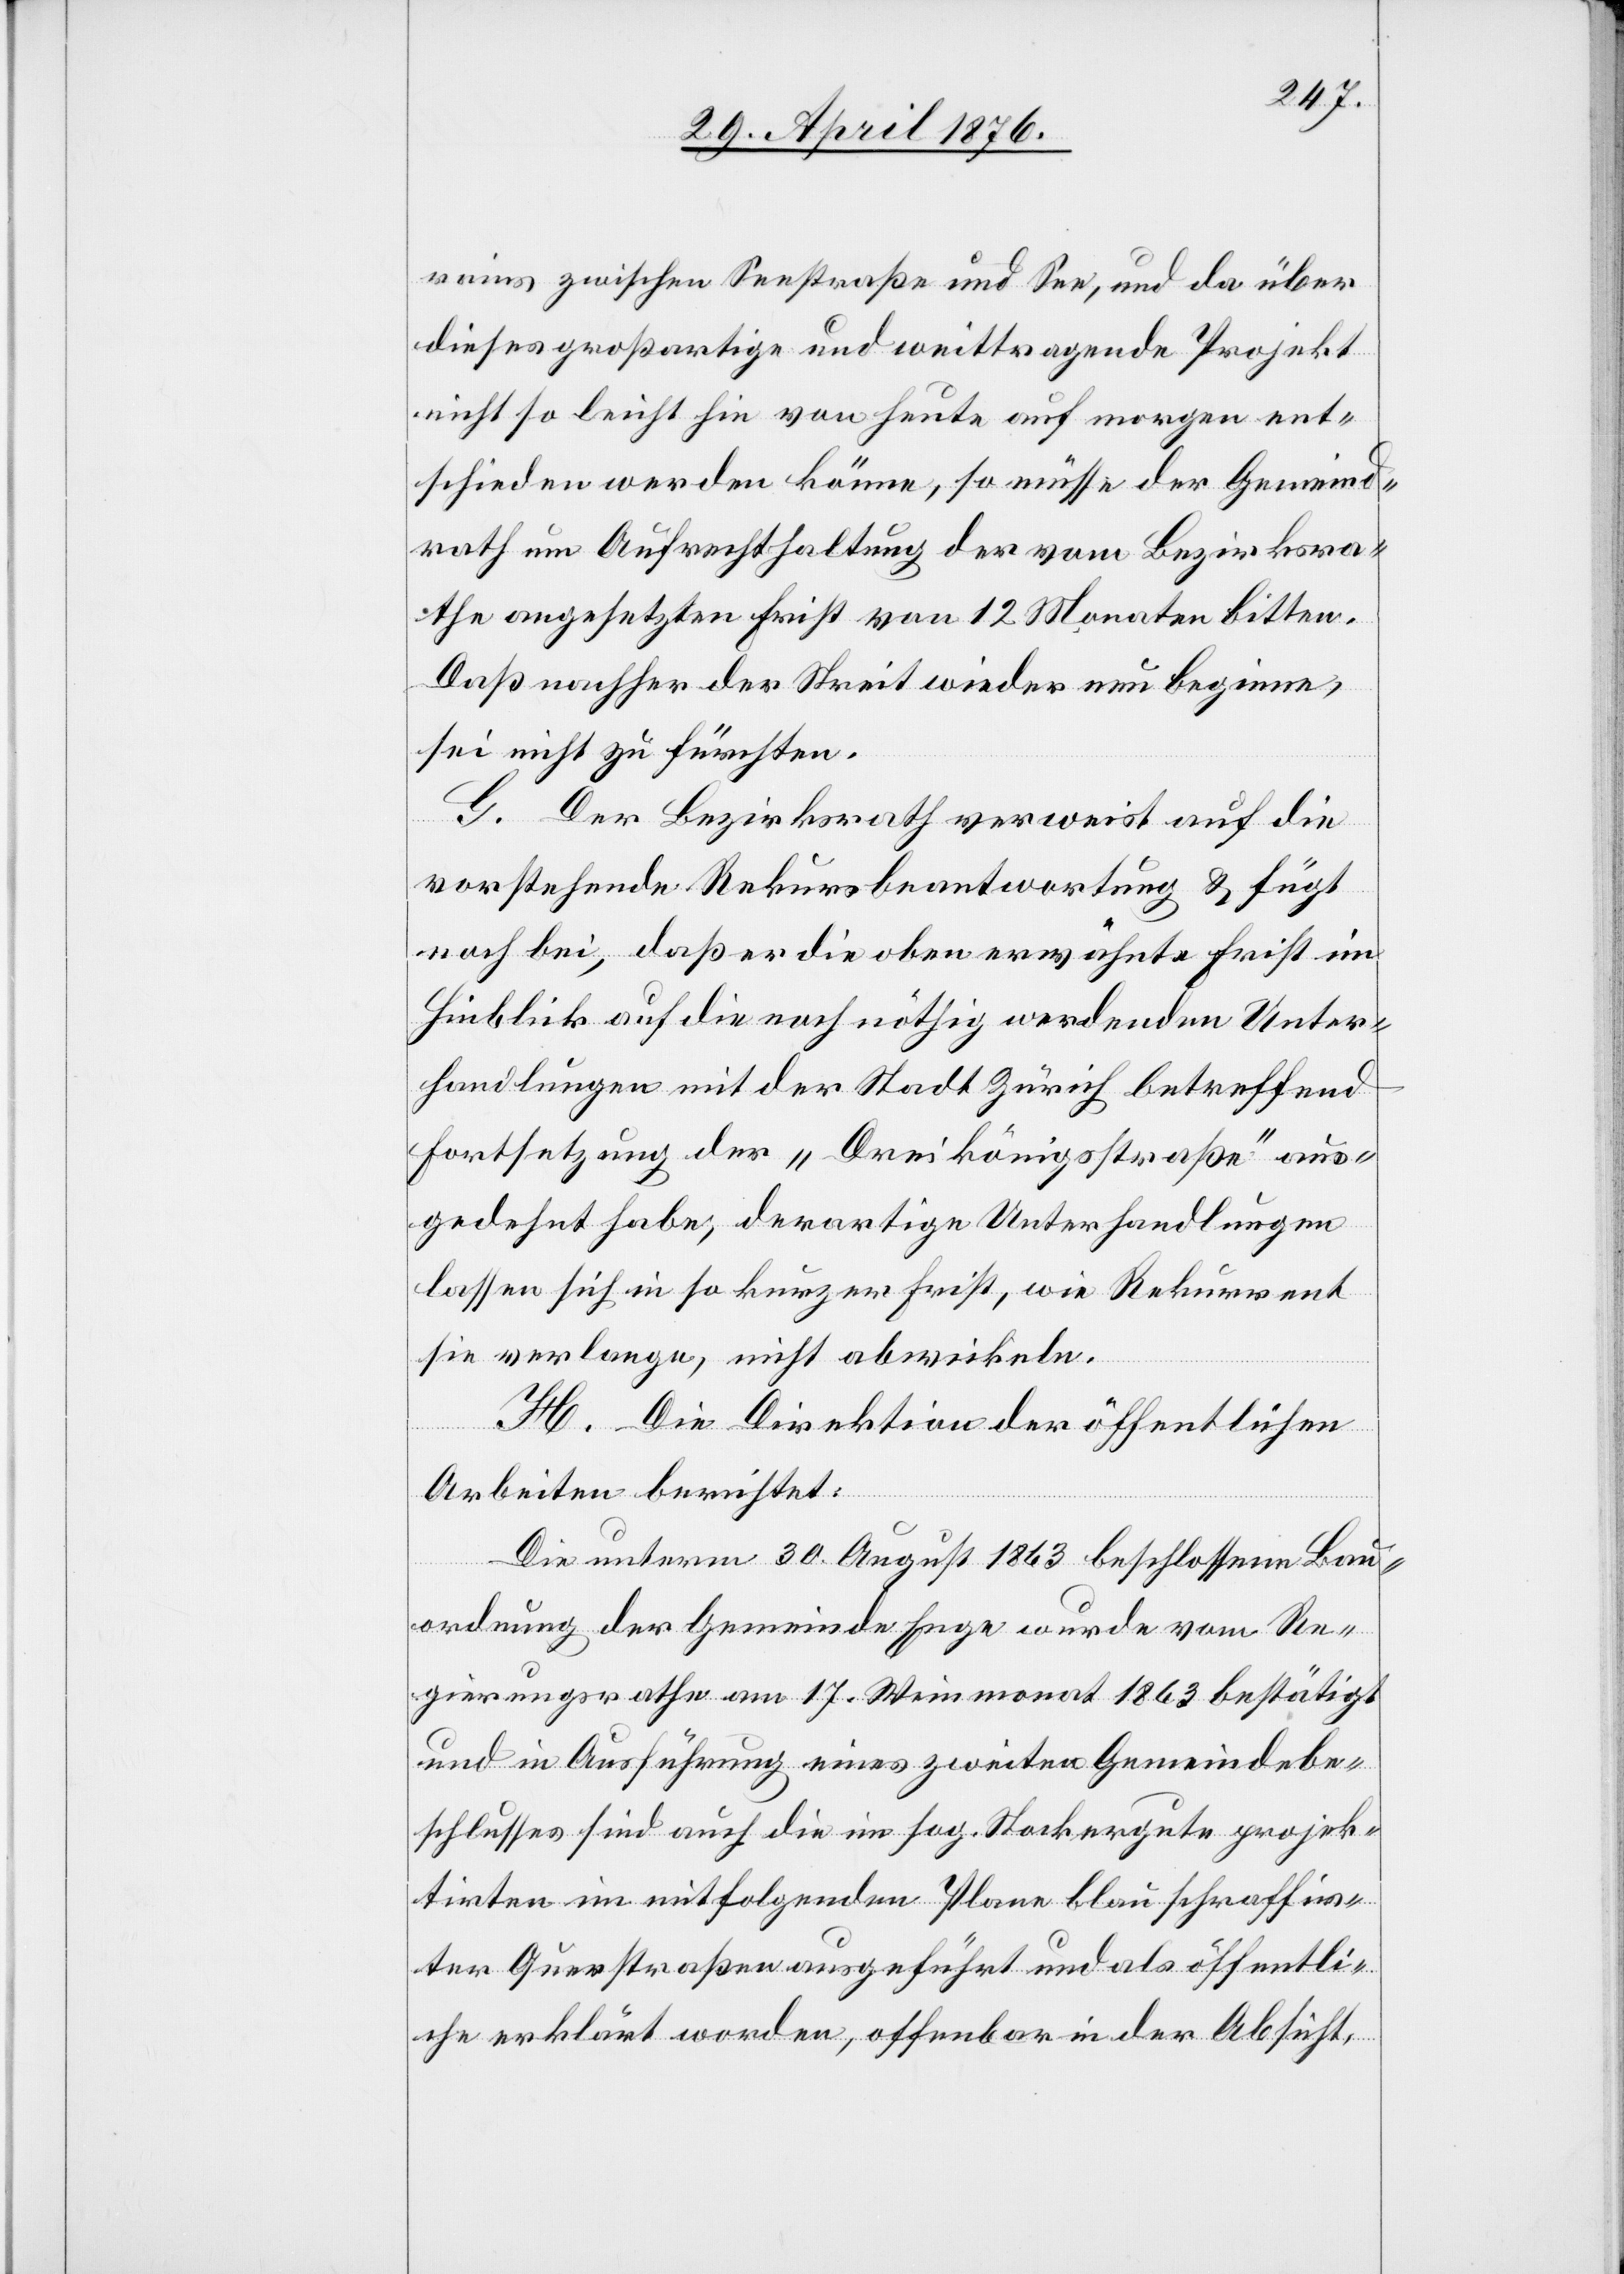
rains zwischen Seestraße und See, und da über
dieses großartige und weittragende Projekt
nicht so leichthin von Heute auf morgen ent¬
schieden werden könne, so müsse der Gemeind¬
rath um Aufrechthaltung der vom Bezirksra¬
the angesetzten Frist von 12 Monaten bitten.
Daß nachher der Streit wieder neu beginne,
sei nicht zu fürchten.
G. Der Bezirksrath verweist auf die
vorstehende Rekursbeantwortung & fügt
noch bei, daß er die oben erwähnte Frist im
Hinblick auf die noch nöthig werdenden Unter¬
handlungen mit der Stadt Zürich betreffend
Fortsetzung der „Dreikönigsstraße“ aus¬
gedehnt habe, derartige Unterhandlungen
lassen sich in so kurzer Frist, wie Rekurrent
sie verlange, nicht abwickeln.
H. Die Direktion der öffentlichen
Arbeiten berichtet:
Die unterm 30. August 1863 beschlossene Bau¬
ordnung der Gemeinde Enge wurde vom Re¬
gierungsrathe am 17. Weinmonat 1863 bestätigt
und in Ausführung eines zweiten Gemeindebe¬
schlusses sind auch die im sog. Stockergute projek¬
tirten im mitfolgenden Plane blau schraffir¬
ter Querstraßen ausgeführt und als öffentli¬
che erklärt worden, offenbar in der Absicht,